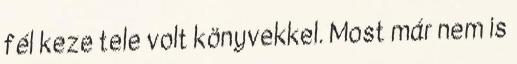
fél keze tele volt könyvekkel. Most már nem is